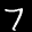
Label: 7